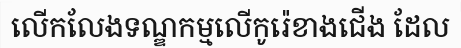
លើកលែងទណ្ឌកម្មលើកូរ៉េខាងជើង ដែល